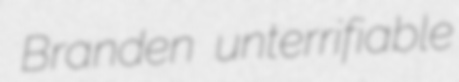
Branden unterrifiable